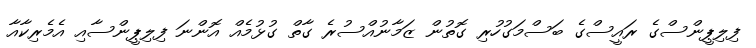
ފިލިޕީންސްގެ ރައީސްގެ ބަސްމަގުހުރި ގޮތުން ޒަމާނުއްސުރެ ގާތް ގުޅުމެއް އޮންނަ ފިލިޕީންސާއި އެމެރިކާއާ